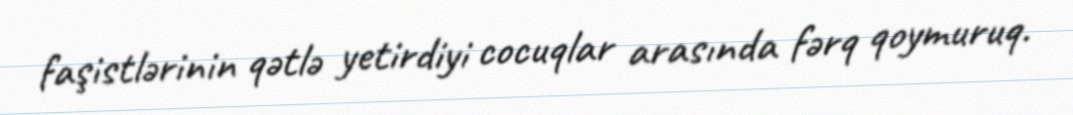
faşistlərinin qətlə yetirdiyi cocuqlar arasında fərq qoymuruq.